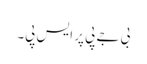
بی جے پی پر ایس پی۔